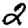
Digit: 2